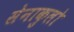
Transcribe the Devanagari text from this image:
सेनाकुलो